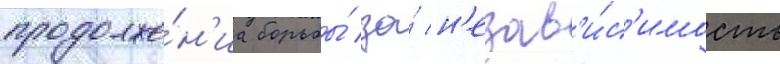
продолже́н'иа борьбы́ за́ н'езав'и́с'имость